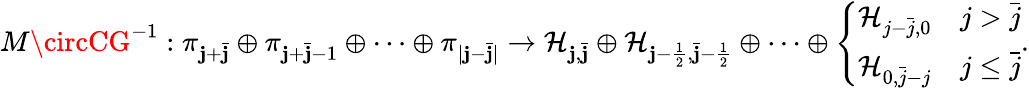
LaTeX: M\circCG^{-1}:\pi_{\mathbf{j}+\bar{{\mathbf{j}}}}\oplus\pi_{\mathbf{j}+\bar{{\mathbf{j}}}-1}\oplus\cdots\oplus\pi_{|\mathbf{j}-\bar{{\mathbf{j}}}|}\to\mathcal{{H}}_{\mathbf{j},\bar{{\mathbf{j}}}}\oplus\mathcal{{H}}_{\mathbf{j}-\frac{{1}}{{2}},\bar{{\mathbf{j}}}-\frac{{1}}{{2}}}\oplus\cdots\oplus\left\{ \begin{array}{ll}{\mathcal{H}_{j-\bar{j},0}}&{j>\bar{j}}\\ {\mathcal{H}_{0,\bar{j}-j}}&{j\leq\bar{j}}\end{array}\right..